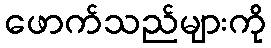
ဖောက်သည်များကို